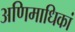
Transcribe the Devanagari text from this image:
अणिमाधिकां